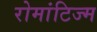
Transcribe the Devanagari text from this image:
रोमांटिज्म